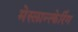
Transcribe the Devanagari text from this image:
मेस्लान्त्केरिंग